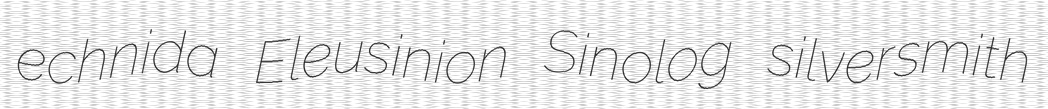
echnida Eleusinion Sinolog silversmith